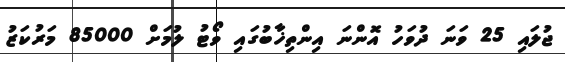
ޖުލައި 25 ވަނަ ދުވަހު އޮންނަ އިންތިޚާބުގައި ވޯޓު ލުމަށް 85000 މަރުކަޒު